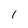
Character: 1